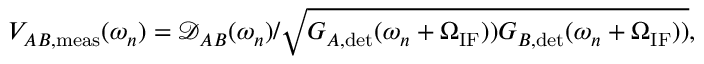
V _ { A B , \mathrm { m e a s } } ( \omega _ { n } ) = \mathcal { D } _ { A B } ( \omega _ { n } ) / \sqrt { G _ { A , \mathrm { d e t } } ( \omega _ { n } + \Omega _ { \mathrm { I F } } ) ) G _ { B , \mathrm { d e t } } ( \omega _ { n } + \Omega _ { \mathrm { I F } } ) ) } ,